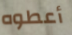
أعطوه